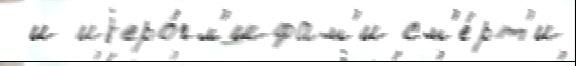
 и иjеро́гл'ифам'и см'е́рт'и